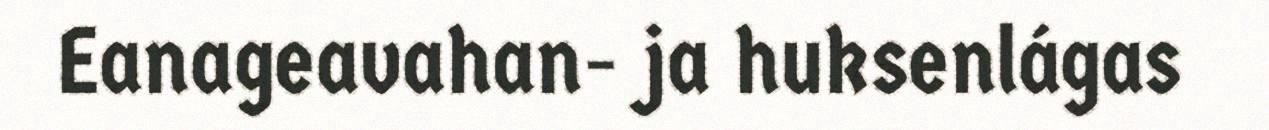
Eanageavahan- ja huksenlágas